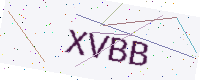
Text: XVBB